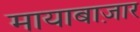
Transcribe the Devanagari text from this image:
मायाबाज़ार